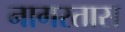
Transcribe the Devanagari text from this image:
नागरतास